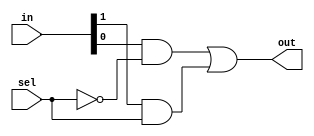
module mux2x1 (in, sel, out);
	input [1:0] in;
	input sel;
	output out;

	wire t1, t2, t3;

	not	G1	(t1, sel);
	and	G2	(t2, in[0], t1), 
		G3      (t3, in[1], sel);
	or	G4	(out, t2, t3);
endmodule

//mux8x1 module
module mux8x1 (in, sel, out);
	input [7:0] in;
	input [2:0] sel;
	output out;
	
	wire [5:0] t;

	mux2x1 M1 (in[1:0], sel[0], t[0]);
	mux2x1 M2 (in[3:2], sel[0], t[1]);
	mux2x1 M3 (in[5:4], sel[0], t[2]);
	mux2x1 M4 (in[7:6], sel[0], t[3]);

	mux2x1 M5 (t[1:0], sel[1], t[4]);
	mux2x1 M6 (t[3:2], sel[1], t[5]);

	mux2x1 M7 (t[5:4], sel[2], out);
endmodule


	module rcadder4_tb;
		reg [7:0] in;
		reg [2:0] sel;
		wire out, t;

		parameter STDIN = 32'h8000_0000;
		integer testid;
		integer ret;

		mux8x1  M8x1( in, sel, out);
		mux2x1  M2x1 (in[1:0], sel[0], t);
 
		initial begin
			ret = $fscanf(STDIN,"%d",testid);
			case(testid)

				0:    	begin
						{in} = 1;   {sel} = 0;
					end
   				1:    	begin
   						{in} = 34;  {sel} = 1;
        				end
   				2:    	begin
						{in} = 5;   {sel} = 2;
					end
   				3:	begin
						{in} = 128; {sel} = 7;
					end
   				4:	begin
						{in} = 239; {sel} = 4;
					end


    				default:	begin
        							$display("Bad testcase id %d",testid);
        							$finish();
        						end
			endcase
			#5;
			if ( (sel==0 && out == in[0]) || (sel==1 && out == in[1]) || (sel==2 && out == in[2]) || (sel==3 && out == in[3]) || (sel==4 && out == in[4]) || (sel==5 && out == in[5]) || (sel==6 && out == in[6]) || (sel==7 && out == in[7]) )
				begin
					if ( (sel[0]==0 && t ==in[0]) || (sel[0]==1 && t==in[1]) )
        					pass();
					else
						fail_single();
				end
			else
 				fail();
		end

		task fail_single; 	begin
    					$display("Fail: for sel = %b and in = %b, out = %b is WRONG",sel[0],in[1:0],t);
  				end
  		endtask

 		task fail; 	begin
    					$display("Fail: for sel = %b and in = %b, out = %b is WRONG",sel,in,out);
  				end
  		endtask

  		task pass; 	begin
	    				$display("Pass: for sel = %b and in = %b out = %b",sel,in,out);
  				end
  		endtask

	endmodule